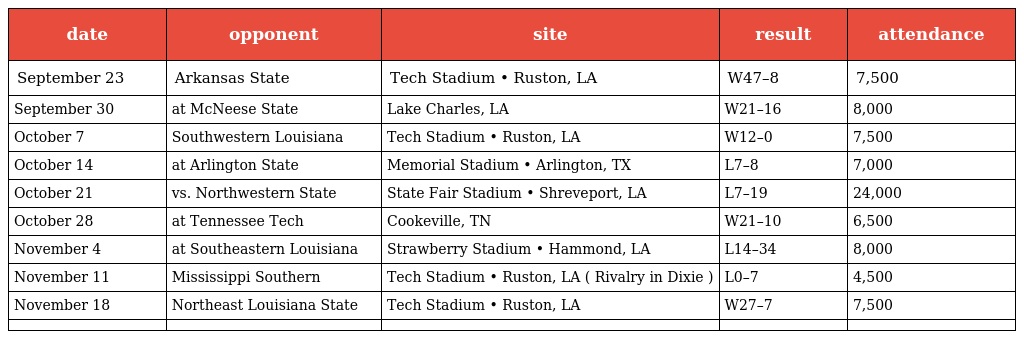
| date | opponent | site | result | attendance |
 | --- | --- | --- | --- | --- |
 | September 23 | Arkansas State | Tech Stadium • Ruston, LA | W47–8 | 7,500 |
 | September 30 | at McNeese State | Lake Charles, LA | W21–16 | 8,000 |
 | October 7 | Southwestern Louisiana | Tech Stadium • Ruston, LA | W12–0 | 7,500 |
 | October 14 | at Arlington State | Memorial Stadium • Arlington, TX | L7–8 | 7,000 |
 | October 21 | vs. Northwestern State | State Fair Stadium • Shreveport, LA | L7–19 | 24,000 |
 | October 28 | at Tennessee Tech | Cookeville, TN | W21–10 | 6,500 |
 | November 4 | at Southeastern Louisiana | Strawberry Stadium • Hammond, LA | L14–34 | 8,000 |
 | November 11 | Mississippi Southern | Tech Stadium • Ruston, LA ( Rivalry in Dixie ) | L0–7 | 4,500 |
 | November 18 | Northeast Louisiana State | Tech Stadium • Ruston, LA | W27–7 | 7,500 |
 |  |  |  |  |  |